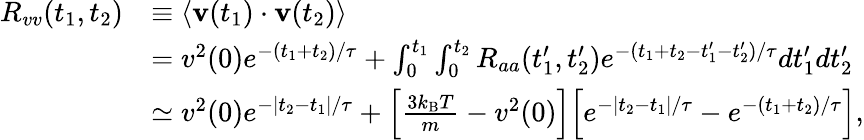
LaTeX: {\begin{array}{rl}{R_{vv}(t_{1},t_{2})}&{\equiv\langle\mathbf{v}(t_{1})\cdot\mathbf{v}(t_{2})\rangle}\\ &{=v^{2}(0)e^{-(t_{1}+t_{2})/\tau}+\int_{0}^{t_{1}}\int_{0}^{t_{2}}R_{aa}(t_{1}^{\prime},t_{2}^{\prime})e^{-(t_{1}+t_{2}-t_{1}^{\prime}-t_{2}^{\prime})/\tau}dt_{1}^{\prime}dt_{2}^{\prime}}\\ &{\simeq v^{2}(0)e^{-|t_{2}-t_{1}|/\tau}+\left[{\frac{3k_{\mathrm{B}}T}{m}}-v^{2}(0)\right]{\Big[}e^{-|t_{2}-t_{1}|/\tau}-e^{-(t_{1}+t_{2})/\tau}{\Big]},}\end{array}}